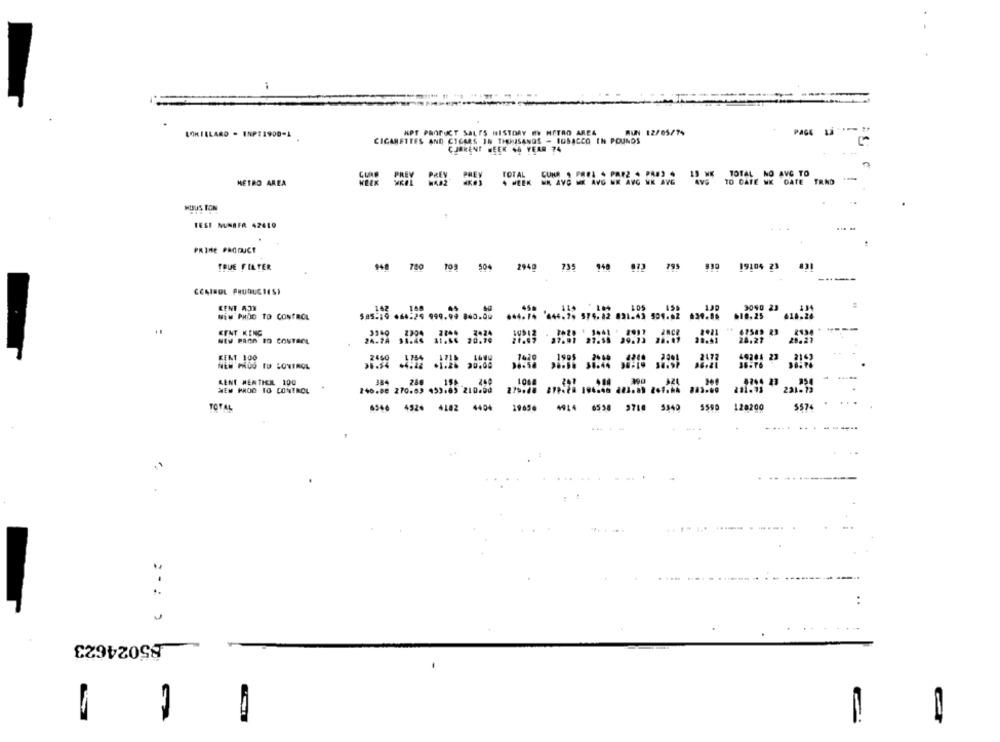
KPT PRODUCT SALTS HISTORY MY METRO AREA
MUN 12/05/74
PAGE
CIGARETTES AND CTCARS IN THOUSANDS - IDBACCO IN POUNDS
CURRENT WEEK 46 YEAR 74
TOTAL CUNR . PREI . PAR2 4 PREJ 4 13 WE TOTAL NO AVG TO
METRO AREA
. HEEK NK AVG ME AVG NK AVG WK AVG
TO DATE NK DATE TRND
HUUS TON
1
TEST NUMBER 42610
PRIME PRODUCT
TRUE FILTER
795
830
19104 23
831
$48 780 199 504 2949 735 148
CCAISOL PRODUCIESI
KENT AON
140
450
3040 23
NEM PHOG TO CONTROL
585.19 666.29 999.99 840.00
.10,25
618.26
KENT KENG
NEW PROD ID CONTROL
27.91 27.55 29.73 28:17
24,21
20.27
KENT 100
2460
1716
1620
1995
49204 23
30,00
NEW PRUD TO CONTROL
98.5. 38-44
RENT MENTHE 100
8244 23
WEM PROD TO CONTROL
TOTAL
6546 4526 4102 4404
4914 6558 9710 5340
128200
$574
.. .
85024623